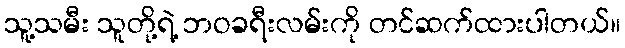
သူ့သမီး သူတို့ရဲ့ ဘဝခရီးလမ်းကို တင်ဆက်ထားပါတယ်။